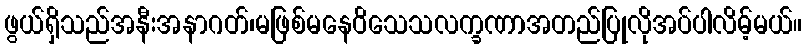
ဖွယ်ရှိသည်အနီးအနာဂတ်၊မဖြစ်မနေဝိသေသလက္ခဏာအတည်ပြုလိုအပ်ပါလိမ့်မယ်။